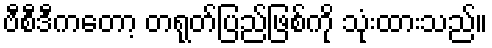
ဗီစီဒီကတော့ တရုတ်ပြည်ဖြစ်ကို သုံးထားသည်။